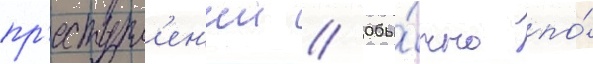
пр'еступл'ен'ии // Обы́чно по́